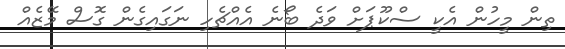
ތިން މީހުން އެކީ ސްކޫޕަށް ވަދެ ބޯނެ އެއްޗެހި ނަގައިގެން ގޮސް މޭޒެއް